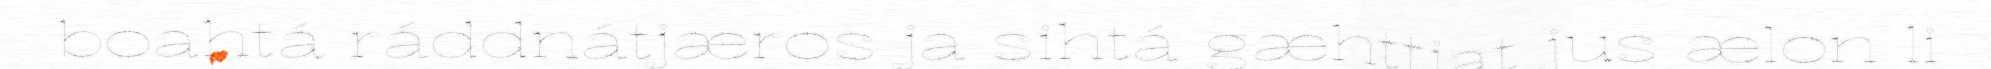
boahtá ráddnátjæros ja sihtá gæhttjat jus ælon li